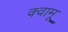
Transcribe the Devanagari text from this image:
क्वामू